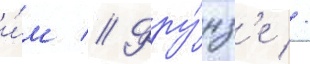
и́м // Фру́нз'е //